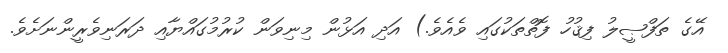
އޭގެ ތަފްޞީލު ފިޤުހު ފޮތްތަކުގައި ވެއެވެ.) އަދި އަޅުން މިނިވަން ކުރުމުގައްޔާއި ދަރަނިވެރީންނަށެވެ.